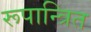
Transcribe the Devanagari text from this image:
रूपान्त्रित